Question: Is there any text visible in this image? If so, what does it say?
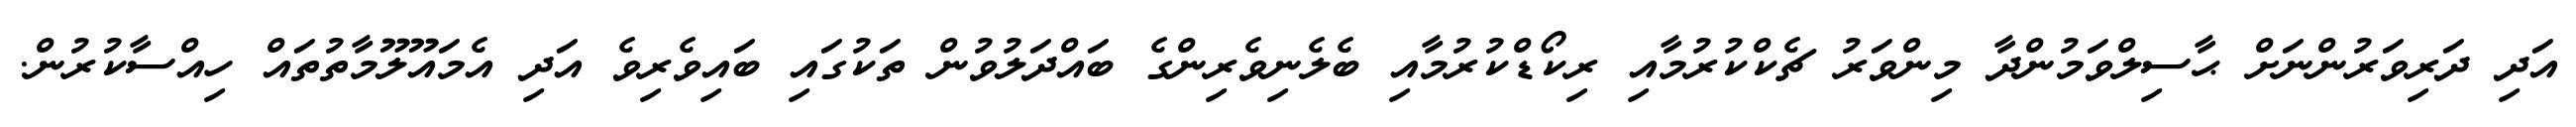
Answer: އަދި ދަރިވަރުންނަށް ޙާސިލްވަމުންދާ މިންވަރު ޗެކްކުރުމާއި ރިކޯޑްކުރުމާއި ބެލެނިވެރިންގެ ބައްދަލުވުން ތަކުގައި ބައިވެރިވެ އަދި އެމައޫލޫމާތުތައް ހިއްސާކުރުން.